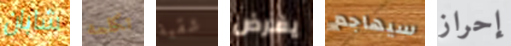
شابان تكلمه شقية يفرض سيهاجم إحراز